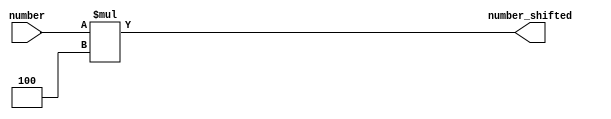
module ShiftLeft32
(
	input wire [31:0]number,
	output reg [31:0]number_shifted
);

	always @(*)
		begin
			number_shifted <= number * 32'd4;
		end

endmodule